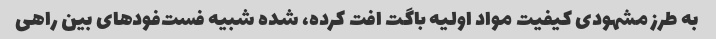
به طرز مشهودی کیفیت مواد اولیه باگت افت کرده، شده شبیه فست‌فودهای بین راهی